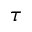
\tau